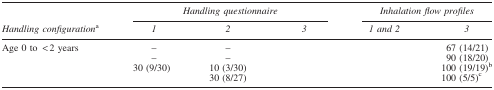
<table><thead><tr><td>[EMPTY_CELL]</td><td colspan="3"><b><i>Handling questionnaire</i></b></td><td colspan="2"><b><i>Inhalation flow profiles</i></b></td></tr><tr><td><b><i>Handling configuration</i><sup>a</sup></b></td><td><b><i>1</i></b></td><td><b><i>2</i></b></td><td><b><i>3</i></b></td><td><b><i>1 and 2</i></b></td><td><b><i>3</i></b></td></tr></thead><tbody><tr><td>Age 0 to &lt;2 years</td><td>–</td><td>–</td><td>[EMPTY_CELL]</td><td>[EMPTY_CELL]</td><td>67 (14/21)</td></tr><tr><td>[EMPTY_CELL]</td><td>–</td><td>–</td><td>[EMPTY_CELL]</td><td>[EMPTY_CELL]</td><td>90 (18/20)</td></tr><tr><td>[EMPTY_CELL]</td><td>30 (9/30)</td><td>10 (3/30)</td><td>[EMPTY_CELL]</td><td>[EMPTY_CELL]</td><td>100 (19/19)<sup>b</sup></td></tr><tr><td>[EMPTY_CELL]</td><td>[EMPTY_CELL]</td><td>30 (8/27)</td><td>[EMPTY_CELL]</td><td>[EMPTY_CELL]</td><td>100 (5/5)<sup>c</sup></td></tr></tbody></table>